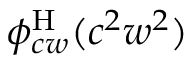
\phi _ { c w } ^ { \mathrm { H } } ( c ^ { 2 } w ^ { 2 } )